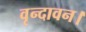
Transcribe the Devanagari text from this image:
वृन्दावन।